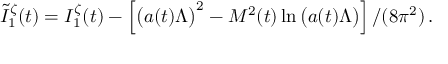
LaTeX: \tilde { I } _ { 1 } ^ { \zeta } ( t ) = I _ { 1 } ^ { \zeta } ( t ) - \left[ \left( a ( t ) \Lambda \vphantom { ^ 2 } \right) ^ { 2 } - M ^ { 2 } ( t ) \ln \left( a ( t ) \Lambda \vphantom { ^ 2 } \right) \right] / ( 8 \pi ^ { 2 } ) \, .